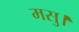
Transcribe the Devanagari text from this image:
मसु।